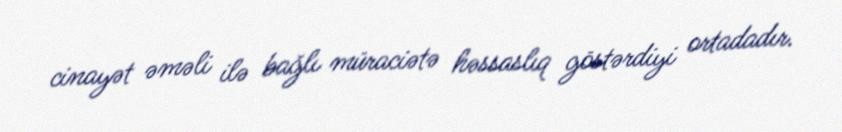
cinayət əməli ilə bağlı müraciətə həssaslıq göstərdiyi ortadadır.